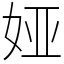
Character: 娅